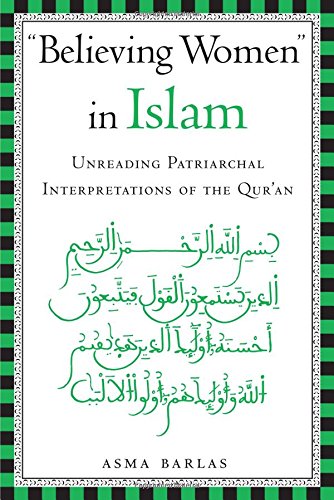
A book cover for "Believing Women" in Islam: Unreading Patriarchal Interpretations of the Qur'an; Asma Barlas; Gay & Lesbian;